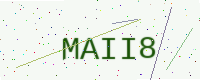
Text: MAII8